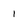
Character: i